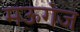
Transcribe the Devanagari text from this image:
मऊगंज